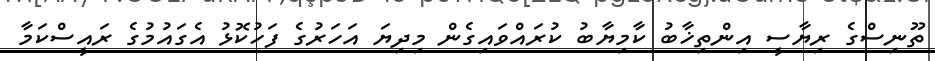
ތޫނިސްގެ ރިޔާސީ އިންތިޚާބު ކާމިޔާބު ކުރައްވައިގެން މިދިޔަ އަހަރުގެ ފަހުކޮޅު އެގައުމުގެ ރައީސްކަމާ